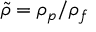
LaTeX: { \tilde { \rho } } = \rho _ { p } / \rho _ { f }